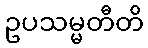
ဥပသမ္မတီတိ